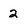
Character: 2